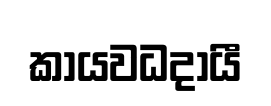
කායවධදායී